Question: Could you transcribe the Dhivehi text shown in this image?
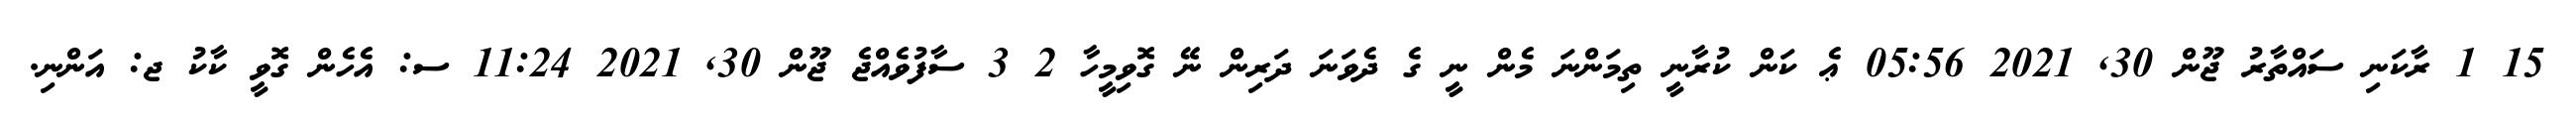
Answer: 15 1 ރާކަނި ސައްތާރު ޖޫން 30, 2021 05:56 ޢެ ކަން ކުރާނީ ތިމަންނަ މެން ނީ ގެ ދެވަނަ ދަރިން ނޭ ގޮވިމީހާ 2 3 ސާފުވެއްޖެ ޖޫން 30, 2021 11:24 ސ: އެހެން ގޮވީ ކާކު ޖ: އަންނި.